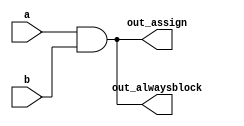
// AND gate using assign and always

module top_module(
    input a, 
    input b,
    output wire out_assign,
    output reg out_alwaysblock
);
    assign out_assign = a&b;
    
    always@(*)
        out_alwaysblock = a&b;

endmodule